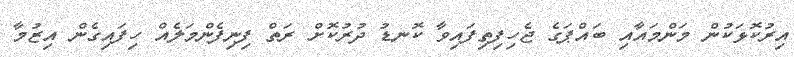
އިރުކޮޅަކުން މަންމައާއި ބައްޕަގެ ޖެހިފިތިފައިވާ ކޮނޑު ދުރުކޮށް ރަތް ފިނިފެންމަލެއް ހިފައިގެން އިޒުމާ